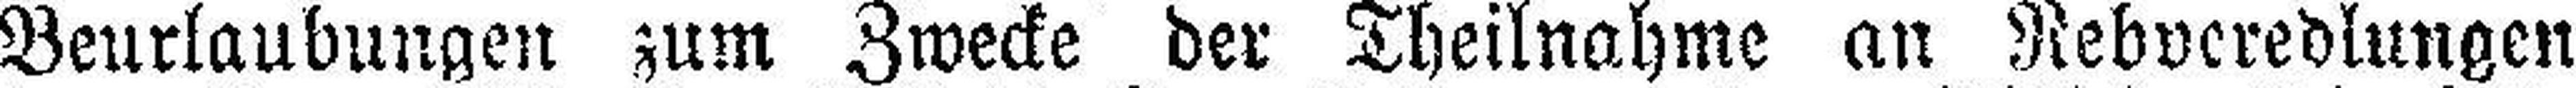
Beurlaubungen zum Zwecke der Theilnahme an Rebveredlungen